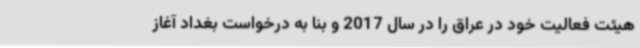
هیئت فعالیت خود در عراق را در سال 2017 و بنا به درخواست بغداد آغاز